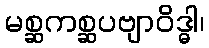
မစ္ဆကစ္ဆပဗျာဝိဒ္ဓါ၊